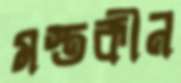
মস্তকীন